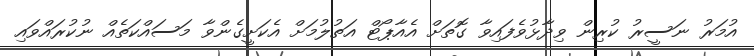
އުމަރު ނަސީރު ކުރިން ވިދާޅުވެފައިވާ ގޮތަށް އެއާޕޯޓް އަތުލުމަށް އެކަށީގެންވާ މަސައްކަތެއް ނުކުރައްވައި